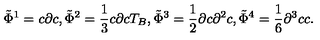
\tilde { \Phi } ^ { 1 } = c \partial c , \tilde { \Phi } ^ { 2 } = \frac { 1 } { 3 } c \partial c T _ { B } , \tilde { \Phi } ^ { 3 } = \frac 1 2 \partial c \partial ^ { 2 } c , \tilde { \Phi } ^ { 4 } = \frac 1 6 \partial ^ { 3 } c c .